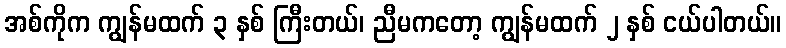
အစ်ကိုက ကျွန်မထက် ၃ နှစ် ကြီးတယ်၊ ညီမကတော့ ကျွန်မထက် ၂ နှစ် ငယ်ပါတယ်။